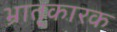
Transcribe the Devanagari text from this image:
भ्रातृ्कारक